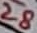
Text: 28